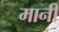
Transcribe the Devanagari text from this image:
मानीं